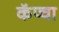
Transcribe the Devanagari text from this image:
कॅप्चा